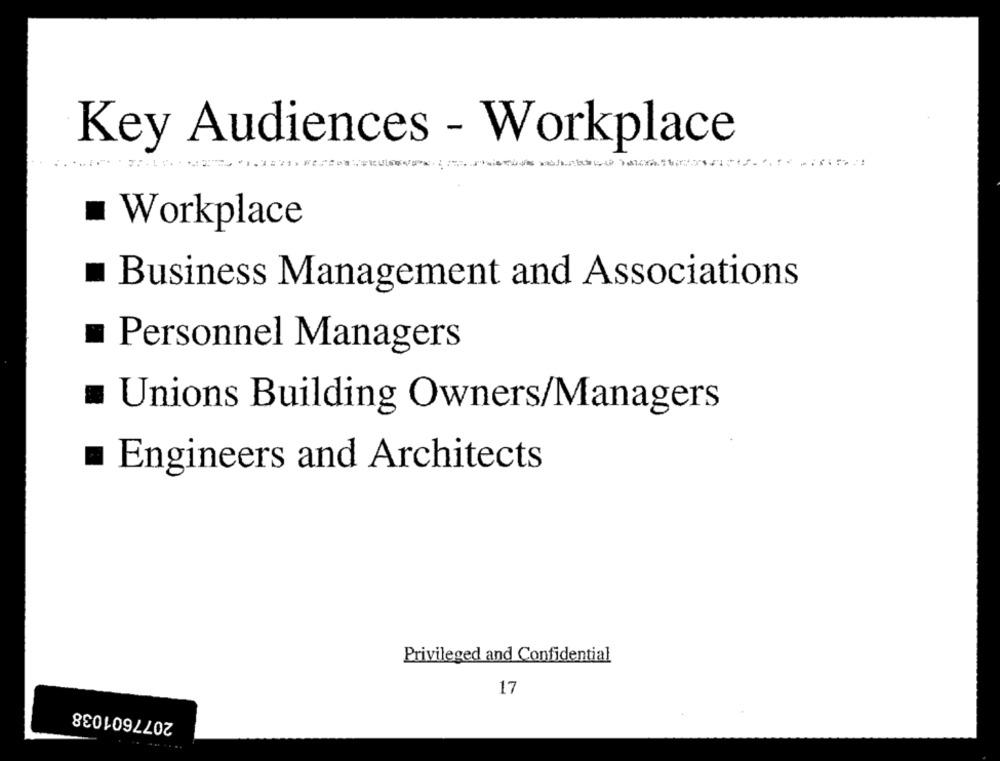
Key Audiences - Workplace
Workplace
Business Management and Associations
Personnel Managers
Unions Building Owners/Managers
Engineers and Architects
Privileged and Confidential
17
2077601038